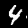
Digit: 4